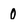
Character: 0